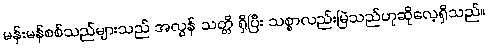
မန်းမန်စစ်သည်များသည် အလွန် သတ္တိ ရှိပြီး သစ္စာလည်းမြဲသည်ဟုဆိုလေ့ရှိသည်။